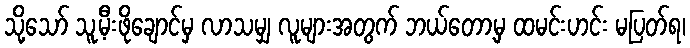
သို့သော် သူ့မီးဖိုချောင်မှ လာသမျှ လူများအတွက် ဘယ်တော့မှ ထမင်းဟင်း မပြတ်ရ၊